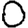
Digit: 0